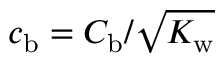
c _ { \mathrm { b } } = C _ { \mathrm { b } } / \sqrt { K _ { \mathrm { w } } }